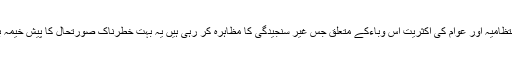
پاکستان کی انتظامیہ اور عوام کی اکثریت اس وباءکے متعلق جس غیر سنجیدگی کا مظاہرہ کر رہی ہیں یہ بہت خطرناک صورتحال کا پیش خیمہ بن سکتی ہے۔